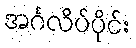
အင်္ဂလိပ်ပိုင်း